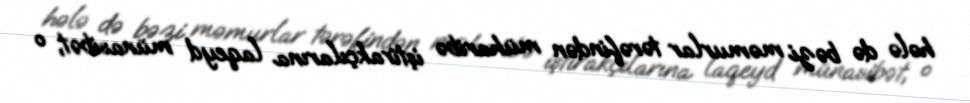
hələ də bəzi məmurlar tərəfindən müharibə iştirakçılarına laqeyd münasibət, o